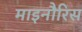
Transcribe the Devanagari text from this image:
माइनौरिस